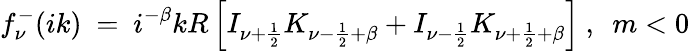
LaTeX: f_{\nu}^{-}(ik)\ =\ i^{-\beta}kR\left[I_{\nu+\frac 12}K_{\nu-\frac 12+\beta}+I_{\nu-\frac 12}K_{\nu+\frac 12+\beta}\right]\ ,\ \ m<0